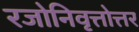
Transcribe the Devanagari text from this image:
रजोनिवृत्तोत्तर